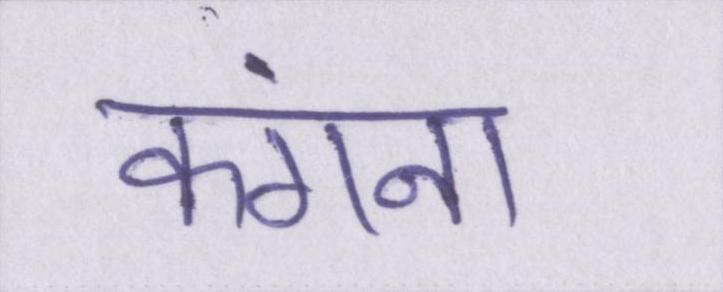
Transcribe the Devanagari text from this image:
कंगना